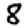
Digit: 8